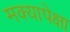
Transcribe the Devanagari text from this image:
मक्यापेक्षा